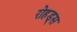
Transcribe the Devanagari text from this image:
रोहड्स